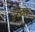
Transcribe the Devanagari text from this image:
दुस्कर